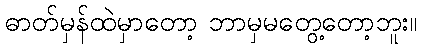
ဓာတ်မှန်ထဲမှာတော့ ဘာမှမတွေ့တော့ဘူး။